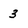
Character: 3